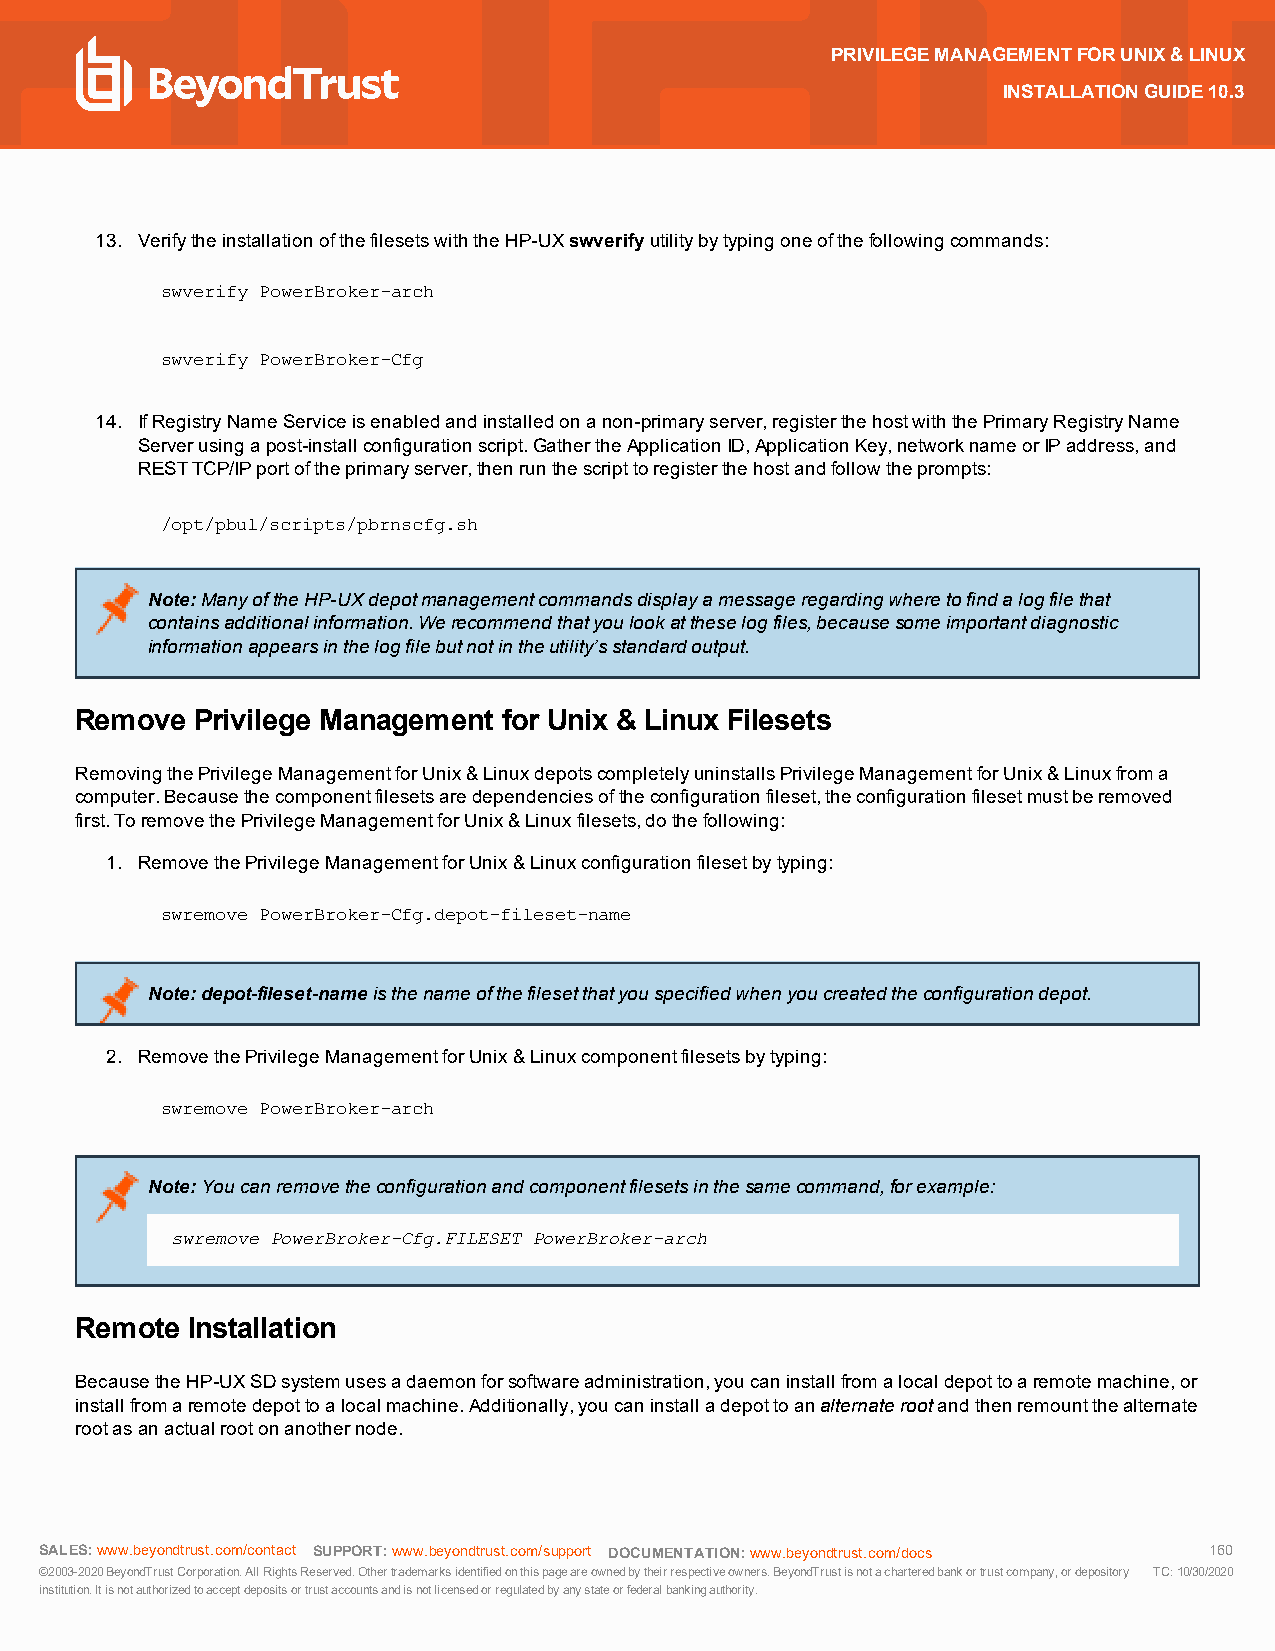
PRIVILEGEMANAGEMENTFORUNIX&LINUX
 INSTALLATIONGUIDE10.3
 13. VerifytheinstallationofthefilesetswiththeHP-UXswverifyutilitybytypingoneofthefollowingcommands:
 swverify PowerBroker-arch
 swverify PowerBroker-Cfg
 14. IfRegistryNameServiceisenabledandinstalledonanon-primaryserver,registerthehostwiththePrimaryRegistryName
 Serverusingapost-installconfigurationscript.GathertheApplicationID,ApplicationKey,networknameorIPaddress,and
 RESTTCP/IPportoftheprimaryserver,thenrunthescripttoregisterthehostandfollowtheprompts:
 /opt/pbul/scripts/pbrnscfg.sh
 Note:ManyoftheHP-UXdepotmanagementcommandsdisplayamessageregardingwheretofindalogfilethat
 containsadditionalinformation.Werecommendthatyoulookattheselogfiles,becausesomeimportantdiagnostic
 informationappearsinthelogfilebutnotintheutility’sstandardoutput.
 Remove  Privilege Management for Unix & Linux Filesets
 RemovingthePrivilegeManagementforUnix&LinuxdepotscompletelyuninstallsPrivilegeManagementforUnix&Linuxfroma
 computer.Becausethecomponentfilesetsaredependenciesoftheconfigurationfileset,theconfigurationfilesetmustberemoved
 first.ToremovethePrivilegeManagementforUnix&Linuxfilesets,dothefollowing:
 1. RemovethePrivilegeManagementforUnix&Linuxconfigurationfilesetbytyping:
 swremove PowerBroker-Cfg.depot-fileset-name
 Note:depot-fileset-nameisthenameofthefilesetthatyouspecifiedwhenyoucreatedtheconfigurationdepot.
 2. RemovethePrivilegeManagementforUnix&Linuxcomponentfilesetsbytyping:
 swremove PowerBroker-arch
 Note:Youcanremovetheconfigurationandcomponentfilesetsinthesamecommand,forexample:
 swremove PowerBroker-Cfg.FILESET PowerBroker-arch
 Remote Installation
 BecausetheHP-UXSDsystemusesadaemonforsoftwareadministration,youcaninstallfromalocaldepottoaremotemachine,or
 installfromaremotedepottoalocalmachine.Additionally,youcaninstalladepottoanalternaterootandthenremountthealternate
 rootasanactualrootonanothernode.
 SALES:www.beyondtrust.com/contact SUPPORT:www.beyondtrust.com/support DOCUMENTATION:www.beyondtrust.com/docs 160
 ©2003-2020BeyondTrustCorporation.AllRightsReserved.Othertrademarksidentifiedonthispageareownedbytheirrespectiveowners.BeyondTrustisnotacharteredbankortrustcompany,ordepository TC:10/30/2020
 institution.Itisnotauthorizedtoacceptdepositsortrustaccountsandisnotlicensedorregulatedbyanystateorfederalbankingauthority.